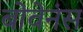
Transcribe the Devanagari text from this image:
बोवेनंस